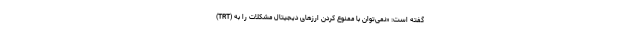
(TRT) گفته است: «نمی‌توان با ممنوع کردن ارزهای دیجیتال مشکلات را به